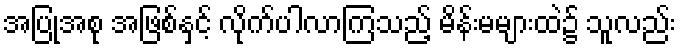
အပြုအစု အဖြစ်နှင့် လိုက်ပါလာကြသည့် မိန်းမများထဲ၌ သူလည်း